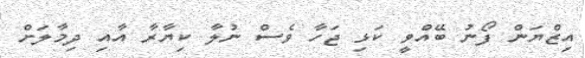
އިޒްޔަން ފޯނު ބޭއްވީ ކަޅި ޖަހާ ވެސް ނުލާ ކިޔާރާ އާއި ދިމާލަށް